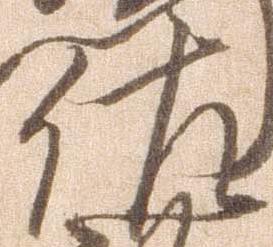
佐